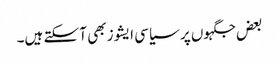
بعض جگہوں پر سیاسی ایشوز بھی آ سکتے ہیں۔